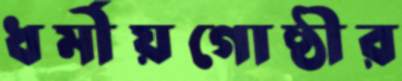
ধর্মীয়গোষ্ঠীর